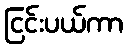
ငြင်းပယ်ကာ